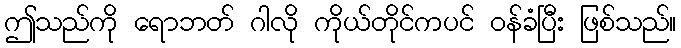
ဤသည်ကို ရောဘတ် ဂါလို ကိုယ်တိုင်ကပင် ဝန်ခံပြီး ဖြစ်သည်။